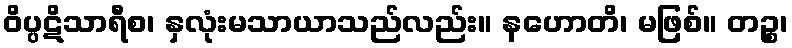
ဝိပ္ပဋိသာရီစ၊ နှလုံးမသာယာသည်လည်း။ နဟောတိ၊ မဖြစ်။ တဉ္စ၊